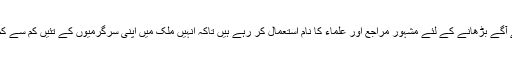
چنانچہ یہ افراد اپنے منصوبے آگے بڑھانے کے لئے مشہور مراجع اور علماء کا نام استعمال کر رہے ہیں تاکہ انہیں ملک میں اپنی سرگرمیوں کے تئیں کم سے کم مشکلات کا سامنا کرنا پڑے۔